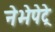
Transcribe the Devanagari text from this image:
नेभेपेट्रे